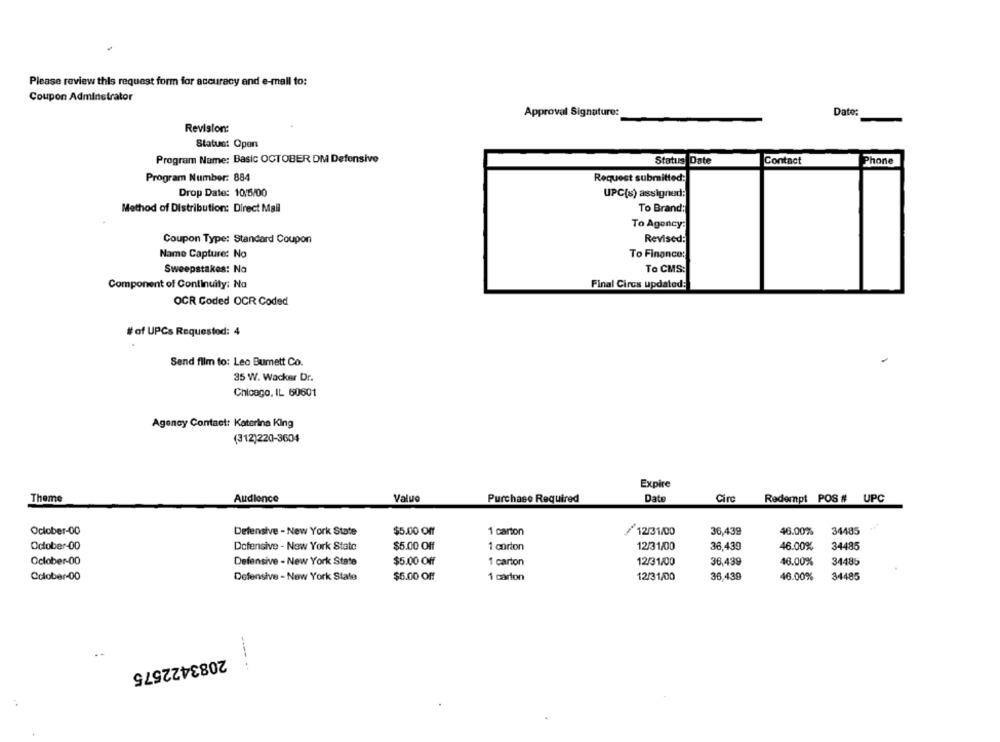
Please review this request form for accuracy and e-mail to:
Coupon Adminstrator
Date:
Approval Signature:
Revision:
Status: Open
Program Name: Basic OCTOBER DM Defensive
Status Date
Contact
Phone
Program Number: 884
Request submitted:
Drop Date: 10/5/00
UPC(s) assigned:
To Brand:
Method of Distribution: Direct Mail
To Agency:
Coupon Type: Standard Coupon
Revised:
Name Capture: No
To Financo:
To CMS:
Sweepstakes: No
Component of Continuity: Na
Final Cires updated:
OCR Coded OCR Coded
# of UPCs Requested: 4
Send film to: Leo Bumett Co.
35 W. Wacker Dr.
Chicago, IL 60601
Agency Contact: Katerina King
(312)220-3604
Expire
Value
Date
Theme
Audience
Purchase Required
Circ
Redempt POS # UPC
October-00
Defensive - New York State
$5.00 Off
1 carton
12/31/00
36,439
46.00%
34485
October-00
Defensive - New York State
$5.00 Off
1 carton
12/31/00
36,439
46.00%
34485
October-00
Defensive - New York State
$5.00 Off
1 carton
12/31/00
36,439
46.00%
34485
Colober-00
Defensive - New York State
$6.00 Off
1 carton
12/31/00
36,439
46.00%
34485
----
2083422575